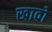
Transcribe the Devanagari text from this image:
खावो